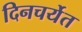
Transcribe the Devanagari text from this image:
दिनचर्येत